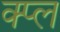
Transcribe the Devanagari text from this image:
क्प्ल